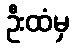
ဦးထံမှ